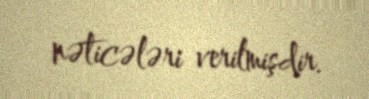
nəticələri verilmişdir.